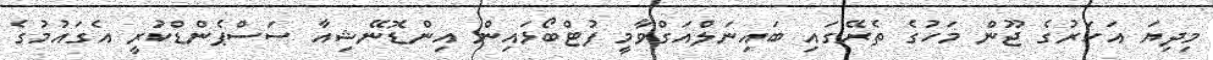
މިދިޔަ އަހަރުގެ ޖޫން މަހުގެ ތެރޭގައި ބައިނަލްއަގްވާމީ ފުޓްބޯޅައިން އިންޑޮނޭޝިއާ ސަސްޕެންޑްކުރީ އެގައުމުގެ